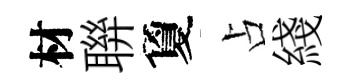
材聨夐占綫